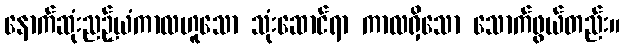
နောက်ဆုံးညဉ့်ယံကာလဟူသော သုံးဆောင်ရာ ကာလရှိသော သောက်ဖွယ်တည်း။